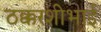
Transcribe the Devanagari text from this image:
ठक्करशीभाई